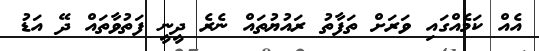
އެއް ކަމެއްގައި ވަރަށް ތަފާތު ރައުޔުތައް ނެރެ ދީނީ ފަތުވާތައް ދޭ އަޑު